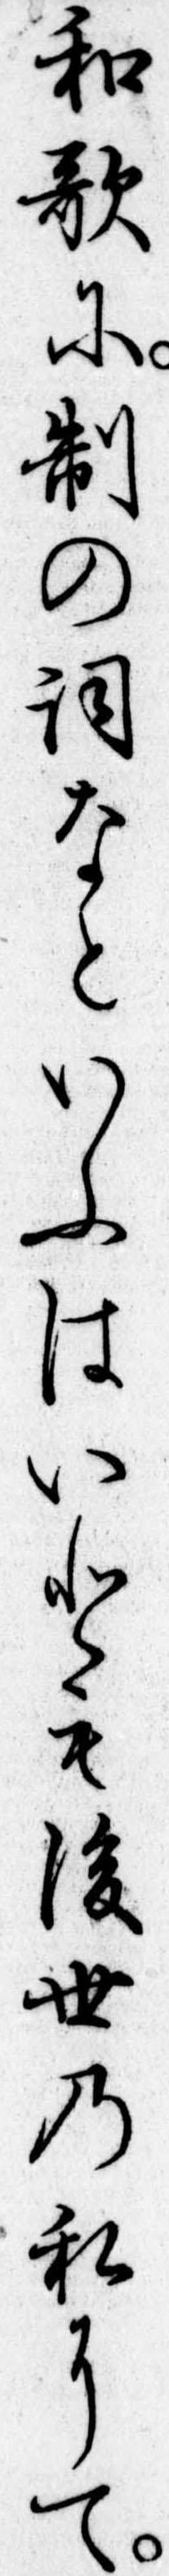
和歌に制の詞なといふはいとも後世の私にて